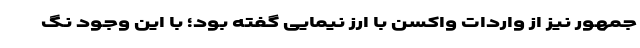
‌جمهور نیز از واردات واکسن با ارز نیمایی گفته بود؛ با این وجود نگ